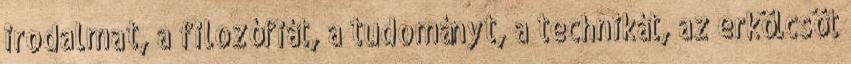
irodalmat, a filozófiát, a tudományt, a technikát, az erkölcsöt